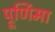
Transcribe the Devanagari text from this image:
प्रूर्णिमा